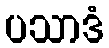
ပသာဒံ